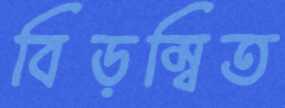
বিড়ম্বিত